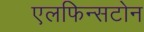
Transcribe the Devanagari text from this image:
एलफिन्सटोन